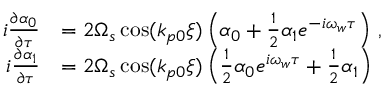
\begin{array} { r l } { i \frac { \partial \alpha _ { 0 } } { \partial \tau } } & { = 2 \Omega _ { s } \cos ( k _ { p 0 } \xi ) \left( \alpha _ { 0 } + \frac { 1 } { 2 } \alpha _ { 1 } e ^ { - i \omega _ { w } \tau } \right) \, , } \\ { i \frac { \partial \alpha _ { 1 } } { \partial \tau } } & { = 2 \Omega _ { s } \cos ( k _ { p 0 } \xi ) \left( \frac { 1 } { 2 } \alpha _ { 0 } e ^ { i \omega _ { w } \tau } + \frac { 1 } { 2 } \alpha _ { 1 } \right) } \end{array}